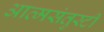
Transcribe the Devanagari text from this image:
आत्मसंतुस्टी